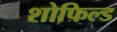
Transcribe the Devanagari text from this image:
शोफिल्ड